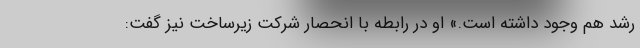
رشد هم وجود داشته است.» او در رابطه با انحصار شرکت زیرساخت نیز گفت: